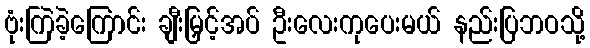
ဗုံးကြဲခဲ့ကြောင်း ချီးမြှင့်အပ် ဦးလေးကုပေးမယ် နည်းပြဘဝသို့